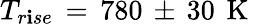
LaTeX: T_{r\mathbf{i}se}\, =\, 780\, \pm\, 30\, \mathrm{{~K~}}